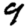
Digit: 9